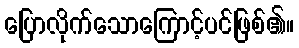
ပြောလိုက်သောကြောင့်ပင်ဖြစ်၏။